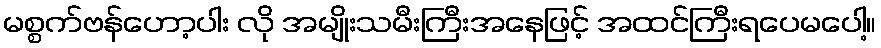
မစ္စက်ဗန်ဟော့ပါး လို အမျိုးသမီးကြီးအနေဖြင့် အထင်ကြီးရပေမပေါ့။